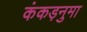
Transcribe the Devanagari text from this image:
कंकड़नुमा